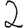
Digit: 2